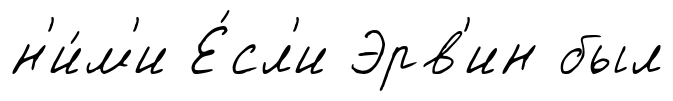
н'и́м'и Е́сл'и Эрв'ин был